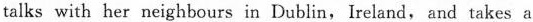
talks with her neighbours in Dublin,Ireland, and takes a